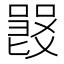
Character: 𠽽